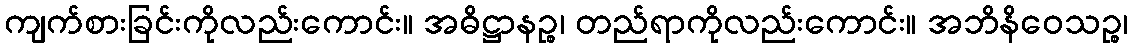
ကျက်စားခြင်းကိုလည်းကောင်း။ အဓိဋ္ဌာနဉ္စ၊ တည်ရာကိုလည်းကောင်း။ အဘိနိဝေသဉ္စ၊